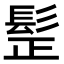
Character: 𩬧